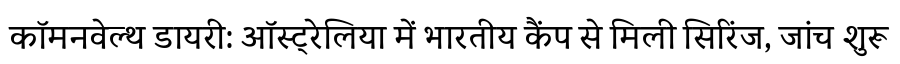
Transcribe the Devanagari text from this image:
कॉमनवेल्थ डायरी: ऑस्ट्रेलिया में भारतीय कैंप से मिली सिरिंज, जांच शुरू